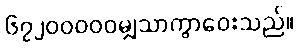
၆၇၂၀၀၀၀၀မျှသာကွာဝေးသည်။